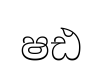
ෂඪ